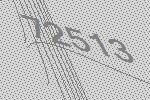
72513